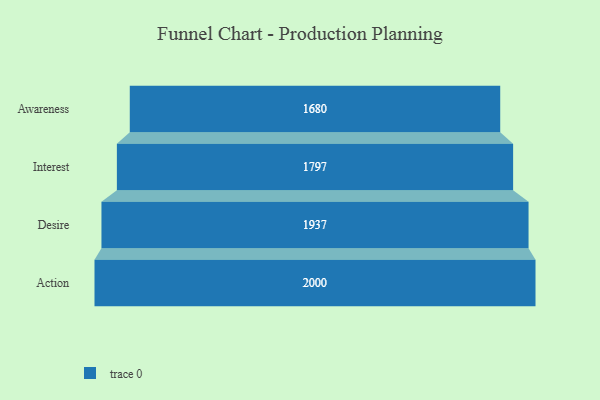
{"axis": {"x": "Stage", "y": "Value"}, "legend": [""], "data": [{"x": "Awareness", "y": 1680.0, "type": ""}, {"x": "Interest", "y": 1797.0, "type": ""}, {"x": "Desire", "y": 1937.0, "type": ""}, {"x": "Action", "y": 2000, "type": ""}]}